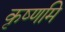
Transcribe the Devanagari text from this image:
कृष्णमि